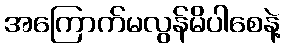
အကြောက်မလွန်မိပါစေနဲ့